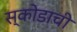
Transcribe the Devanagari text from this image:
स्कोडाची